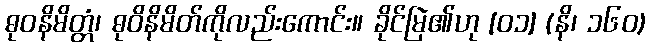
ဓုဝနိမိတ္တံ၊ ဓုဝိနိမိတ်ကိုလည်းကောင်း။ ခိုင်မြဲ၏ဟု [၀၁] (နိ၊ ၁၆၀)